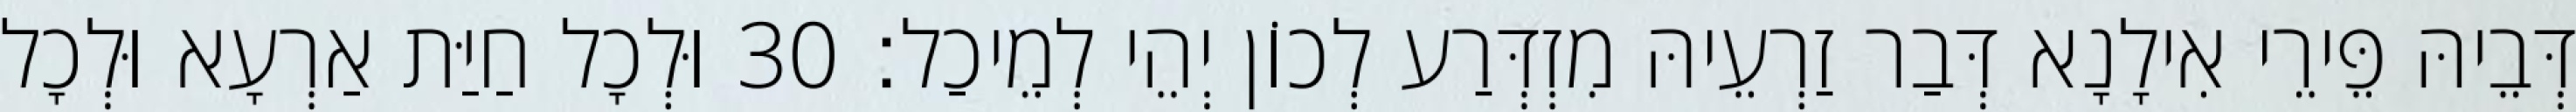
דְּבֵיהּ פֵּירֵי אִילָנָא דְּבַר זַרְעֵיהּ מִזְדְּרַע לְכוֹן יְהֵי לְמֵיכַל׃ 30 וּלְכָל חַיַּת אַרְעָא וּלְכָל